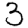
Digit: 3